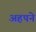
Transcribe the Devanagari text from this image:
अहपने